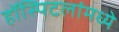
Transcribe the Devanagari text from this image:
हॉस्पिटलांमध्ये